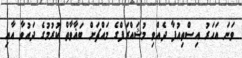
ވަނަ އަހަރު އިސްތިއުފާ ދެއްވި މުޝައްރަފްގެ މައްޗަށް ބަޣާވާތް ކުރުމުގެ ދައުވާ އާއި